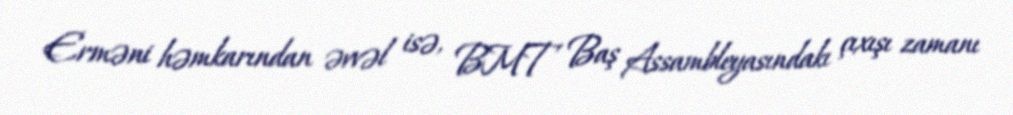
Erməni həmkarından əvvəl isə, BMT Baş Assambleyasındakı çıxışı zamanı